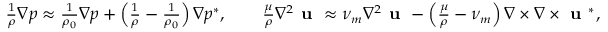
\small \begin{array} { r l } & { \frac { 1 } { \rho } \nabla p \approx \frac { 1 } { \rho _ { 0 } } \nabla p + \left( \frac { 1 } { \rho } - \frac { 1 } { \rho _ { 0 } } \right) \nabla p ^ { * } , \qquad \frac { \mu } { \rho } \nabla ^ { 2 } \textbf { u } \approx \nu _ { m } \nabla ^ { 2 } \textbf { u } - \left( \frac { \mu } { \rho } - \nu _ { m } \right) \nabla \times \nabla \times \textbf { u } ^ { * } , } \end{array}